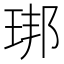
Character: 𱮿